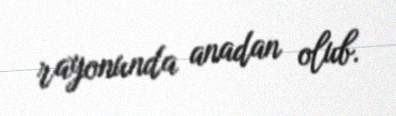
rayonunda anadan olub.